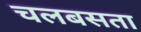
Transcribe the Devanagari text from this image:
चलबसता